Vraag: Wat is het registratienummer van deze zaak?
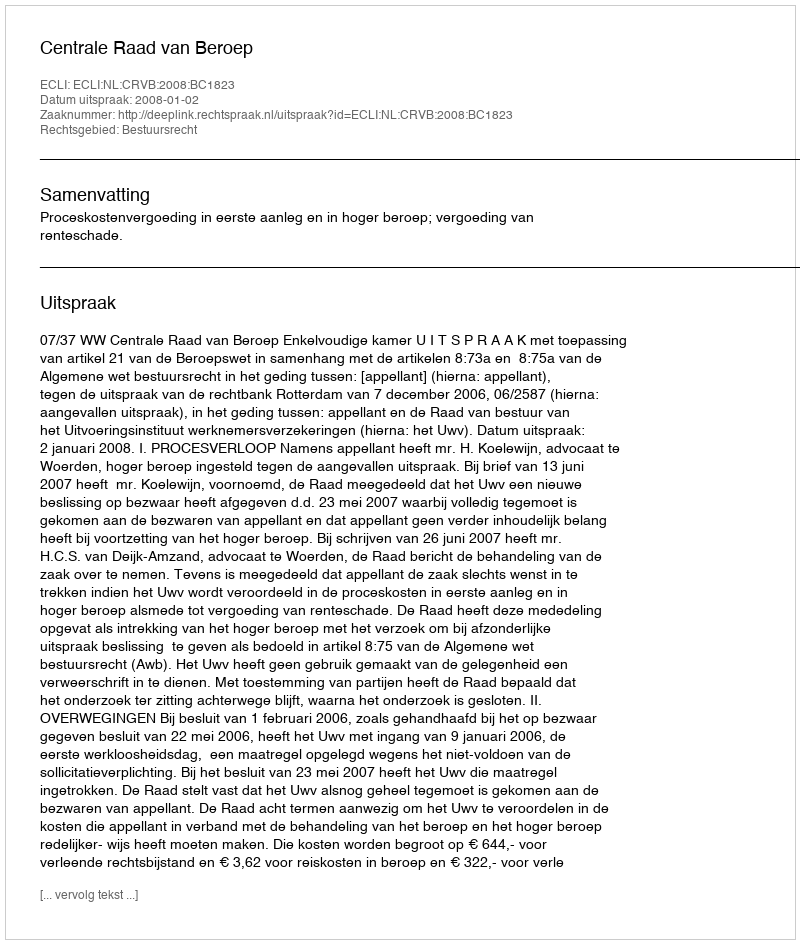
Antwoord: http://deeplink.rechtspraak.nl/uitspraak?id=ECLI:NL:CRVB:2008:BC1823